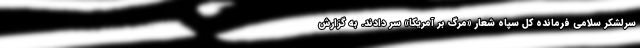
سرلشکر سلامی فرمانده کل سپاه شعار «مرگ بر آمریکا» سر دادند. به گزارش